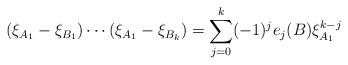
LaTeX: \begin{align*}(\xi_{A_1} - \xi_{B_1}) \cdots (\xi_{A_1} - \xi_{B_k}) = \sum_{j = 0}^{k}(-1)^{j}e_{j}(B)\xi_{A_{1}}^{k - j}\end{align*}